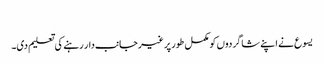
‏
یسوع نے اپنے شاگردوں کو مکمل طور پر غیرجانب‌دار رہنے کی تعلیم دی۔